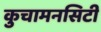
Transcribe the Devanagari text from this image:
कुचामनसिटी